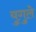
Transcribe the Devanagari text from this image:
युगुले